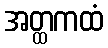
အတ္ထကထံ